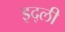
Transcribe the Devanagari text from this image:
इद्ली